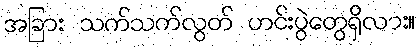
အခြား သက်သက်လွတ် ဟင်းပွဲတွေရှိလား။